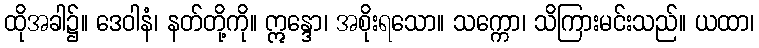
ထိုအခါ၌။ ဒေဝါနံ၊ နတ်တို့ကို။ ဣန္ဒော၊ အစိုးရသော။ သက္ကော၊ သိကြားမင်းသည်။ ယထာ၊